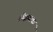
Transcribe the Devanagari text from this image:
ओझ्याचा